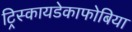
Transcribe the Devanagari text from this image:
ट्रिस्कायडेकाफोबिया